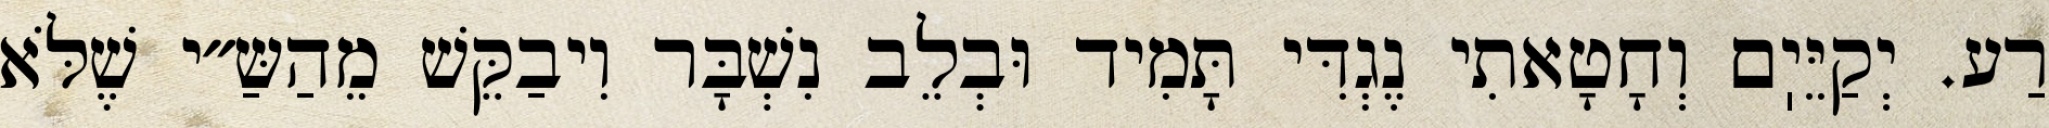
רַע. יְקַיֵּיֽם וְחָטָאתִי נֶגְדִּי תָּמִיד וּבְלֵב נִשְׁבָּר וִיבַקֵּשׁ מֵהַשַּ״י שֶׁלֹּא